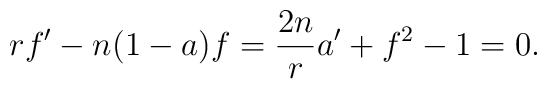
r f'- n(1-a)f = \frac{2n}{r} a' + f^{2} -1 = 0.